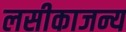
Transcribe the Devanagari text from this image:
लसीकाजन्य